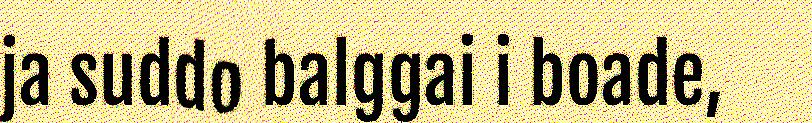
ja suddo balggai i boade,